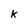
Character: k